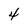
Character: 4